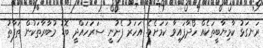
ރަނގަޅު ކާމިޔާބީތަކެއް ހޯދާފައިވާ ކަމަށެވެ. އަހަރު ފެށުނީ ސަރަހައްދީ ބޮޑު މުބާރާތަކުން ތަފާތު